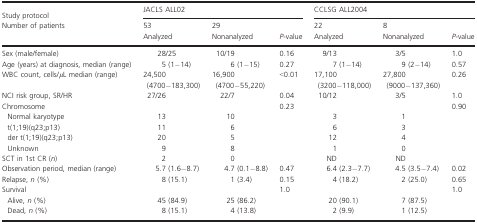
<table><thead><tr><td><b>Study protocol</b></td><td colspan="3"><b>JACLS ALL02</b></td><td colspan="3"><b>CCLSG ALL2004</b></td></tr><tr><td><b>Number of patients</b></td><td><b>53</b></td><td><b>29</b></td><td rowspan="2"><b><i>P</i>-value</b></td><td><b>22</b></td><td><b>8</b></td><td></td></tr><tr><td></td><td><b>Analyzed</b></td><td><b>Nonanalyzed</b></td><td><b>Analyzed</b></td><td><b>Nonanalyzed</b></td><td><b><i>P</i>-value</b></td></tr></thead><tbody><tr><td>Sex (male/female)</td><td>28/25</td><td>10/19</td><td>0.16</td><td>9/13</td><td>3/5</td><td>1.0</td></tr><tr><td>Age (years) at diagnosis, median (range)</td><td>5 (1−14)</td><td>6 (1−15)</td><td>0.27</td><td>7 (1−14)</td><td>9 (2−14)</td><td>0.57</td></tr><tr><td>WBC count, cells/<i>μ</i>L median (range)</td><td>24,500 (4700−183,300)</td><td>16,900 (4700−55,220)</td><td>&lt;0.01</td><td>17,100 (3200−118,000)</td><td>27,800 (9000−137,360)</td><td>0.26</td></tr><tr><td>NCI risk group, SR/HR</td><td>27/26</td><td>22/7</td><td>0.04</td><td>10/12</td><td>3/5</td><td>1.0</td></tr><tr><td>Chromosome</td><td></td><td></td><td>0.23</td><td></td><td></td><td>0.90</td></tr><tr><td> Normal karyotype</td><td>13</td><td>10</td><td></td><td>3</td><td>1</td><td></td></tr><tr><td> t(1;19)(q23;p13)</td><td>11</td><td>6</td><td></td><td>6</td><td>3</td><td></td></tr><tr><td> der t(1;19)(q23;p13)</td><td>20</td><td>5</td><td></td><td>12</td><td>4</td><td></td></tr><tr><td> Unknown</td><td>9</td><td>8</td><td></td><td>1</td><td>0</td><td></td></tr><tr><td>SCT in 1st CR (<i>n</i>)</td><td>2</td><td>0</td><td></td><td>ND</td><td>ND</td><td></td></tr><tr><td>Observation period, median (range)</td><td>5.7 (1.6−8.7)</td><td>4.7 (0.1−8.8)</td><td>0.47</td><td>6.4 (2.3−7.7)</td><td>4.5 (3.5−7.4)</td><td>0.02</td></tr><tr><td>Relapse, <i>n</i> (%)</td><td>8 (15.1)</td><td>1 (3.4)</td><td>0.15</td><td>4 (18.2)</td><td>2 (25.0)</td><td>0.65</td></tr><tr><td>Survival</td><td></td><td></td><td>1.0</td><td></td><td></td><td>1.0</td></tr><tr><td> Alive, <i>n</i> (%)</td><td>45 (84.9)</td><td>25 (86.2)</td><td></td><td>20 (90.1)</td><td>7 (87.5)</td><td></td></tr><tr><td> Dead, <i>n</i> (%)</td><td>8 (15.1)</td><td>4 (13.8)</td><td></td><td>2 (9.9)</td><td>1 (12.5)</td><td></td></tr></tbody></table>